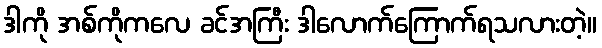
ဒါကို အစ်ကိုကလေ ခင်အကြီး ဒါလောက်ကြောက်ရသလားတဲ့။